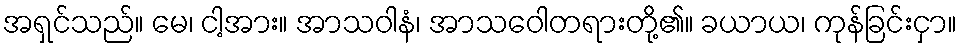
အရှင်သည်။ မေ၊ ငါ့အား။ အာသဝါနံ၊ အာသဝေါတရားတို့၏။ ခယာယ၊ ကုန်ခြင်းငှာ။